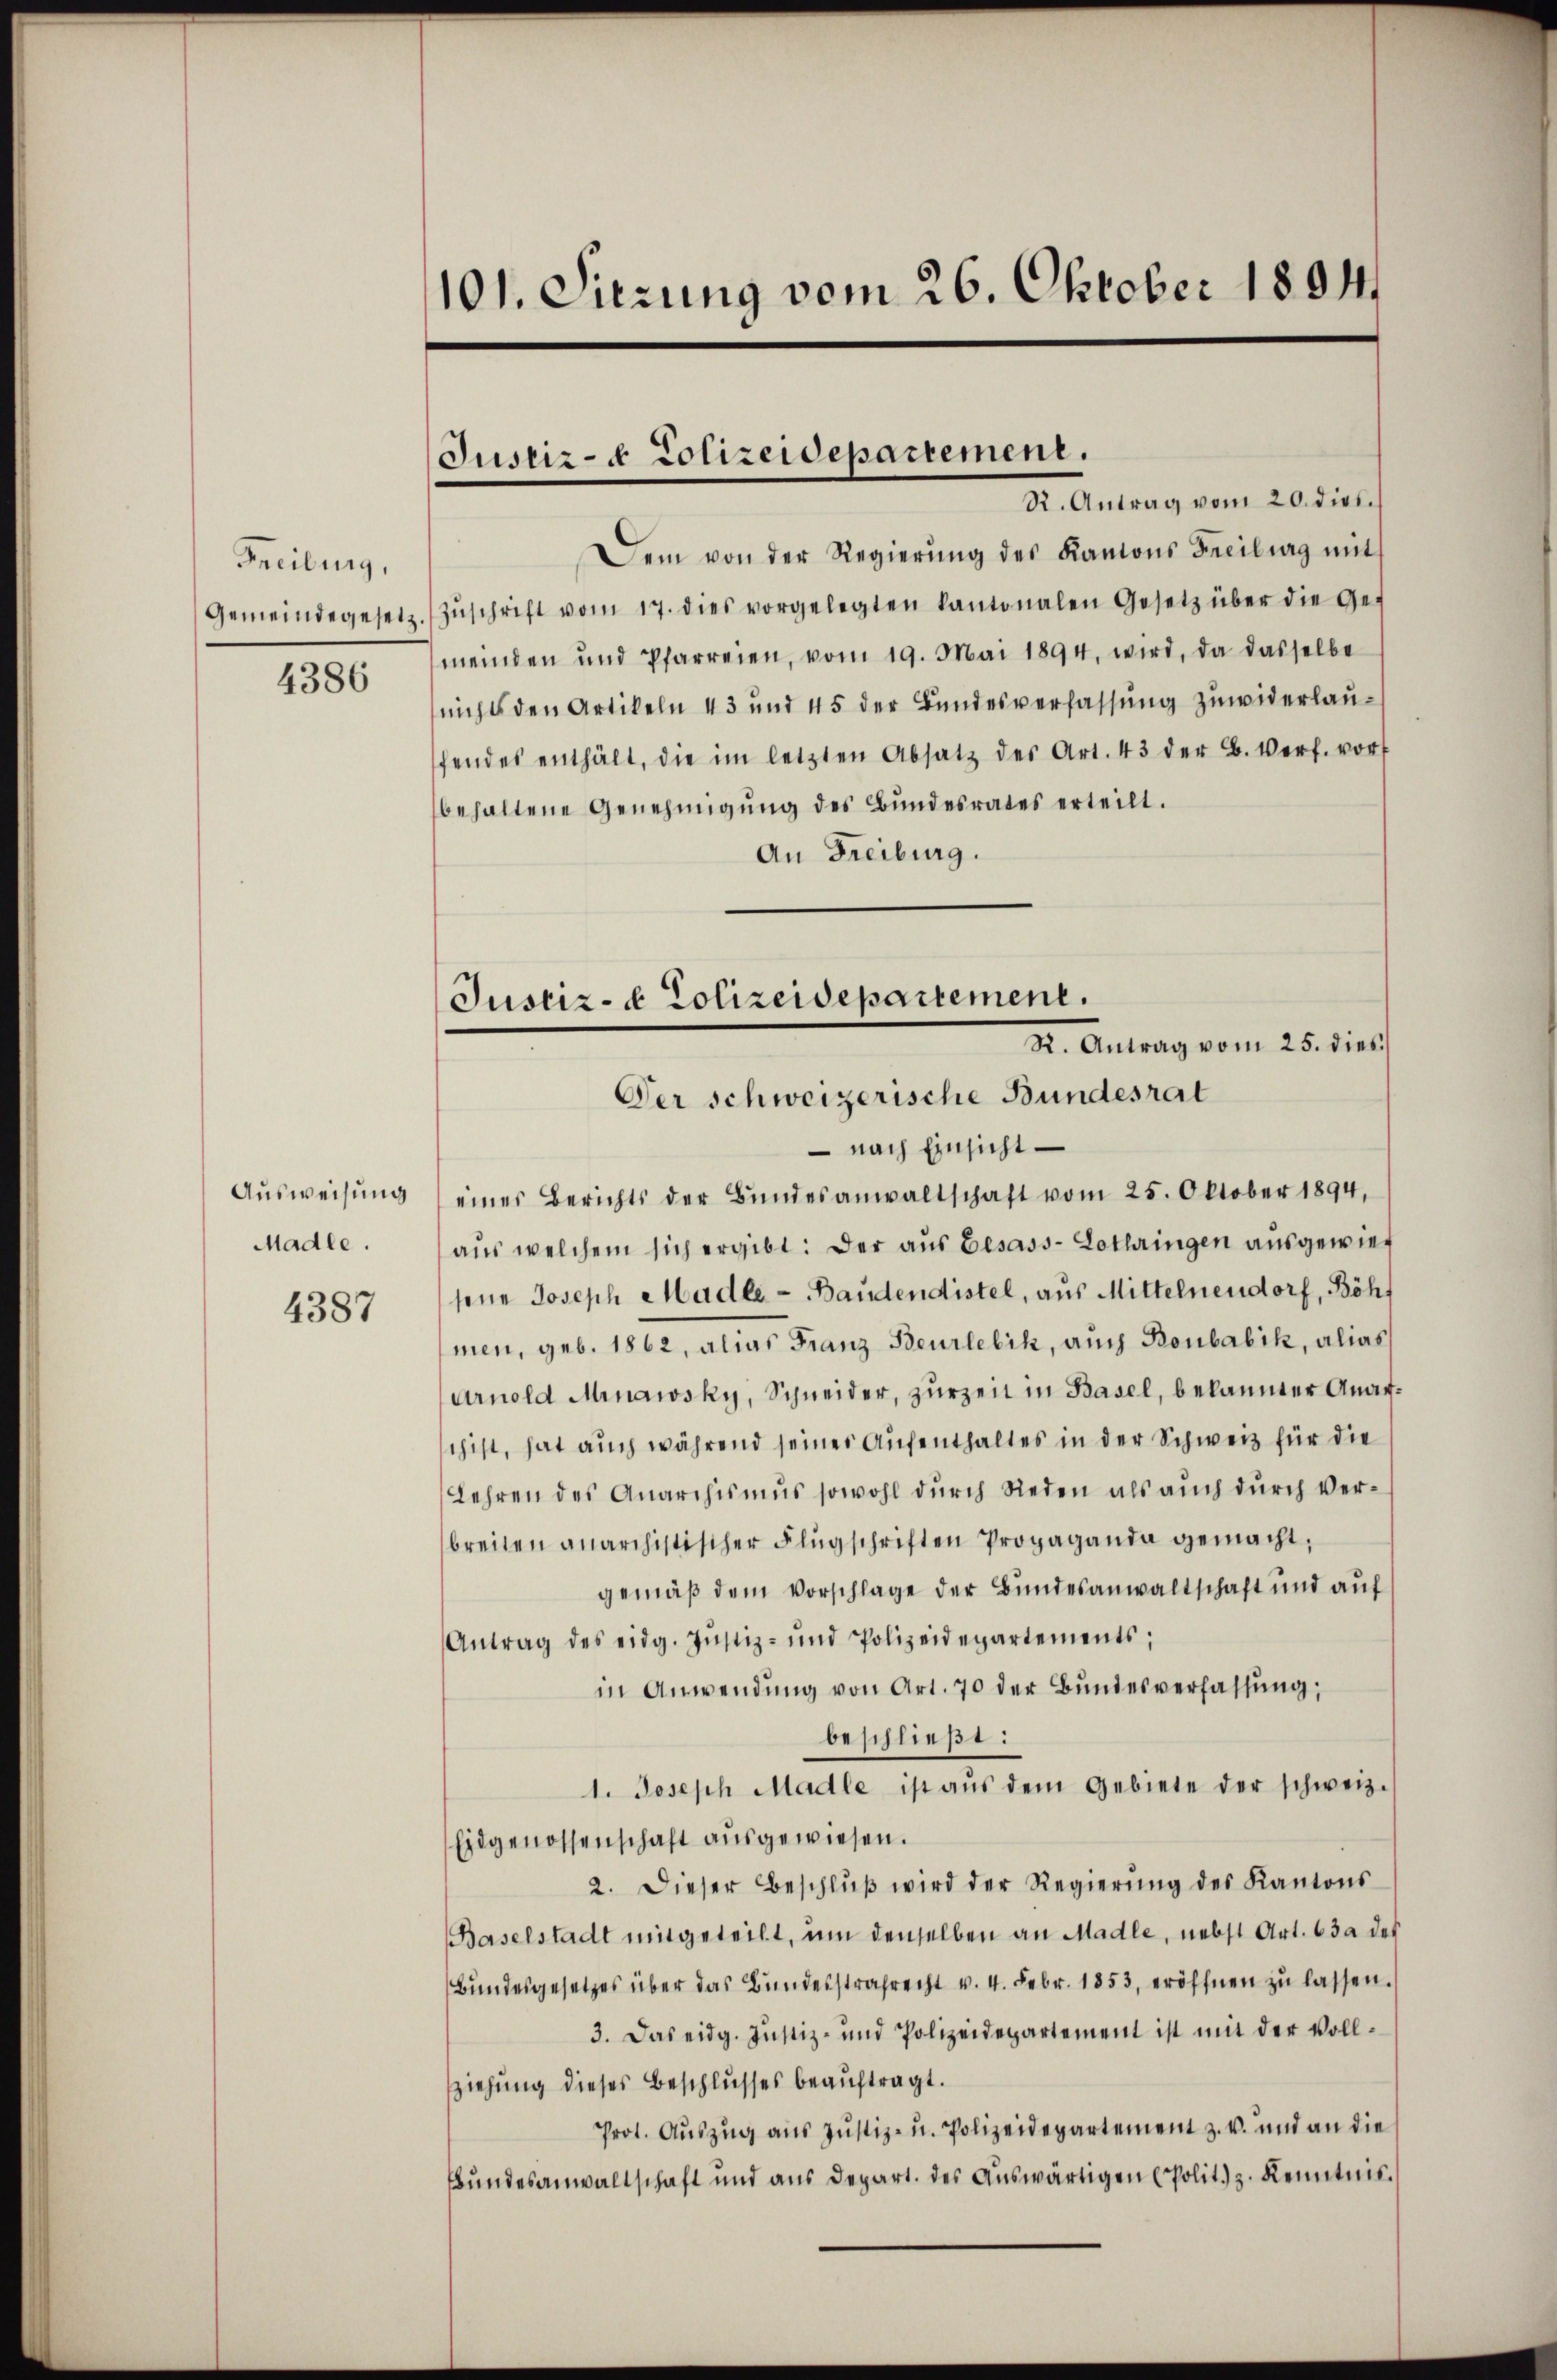
Freiburg,
Gemeindegesetz
4386

Ausweisung
Madle.

4387

101. Sitzung vom 26. Oktober 1894

Justiz- & Polizeidepartement.
R. Antrag vom 20. dies

Justiz- & Polizeidepartement.
St. Antrag vom 25. diess
Der schweizerische Bundesrat

Dem von der Regierŭng des Kantons Freibung mit
Zŭschrift vom 17. dies vorgelegten kantonalen Gesetz über die Ges
meinden und Pfarreien, vom 19. Mai 1894, wird, da dasselbe
nichts den Artikeln 43 und 45 der Bundesverfassung zuwiderlaufendes enthält, die im letzten Absatz des Art. 43 der B. Verf. vorf
behaltene Genehmigŭng des Bŭndesrates erteilt.
An Freiburg.
 nach Einsicht
eines Berichts der Bundesanwaltschaft vom 25. Oktober 1894,
aus welchem sich ergibt: Der aus besass-Lothringen ausgewies
sene Joseph Madle-Bandendistel, aus Mittelnendorf, Böh
men, geb. 1862, alias Franz Beurlebik, auch Boubabik, alias
Arnold Minawsky, Schneider, zurzeit in Basel, bekannter Anarchist, hat auch während seines Aufenthaltes in der Schweiz für die
Lehren des Anarchismus sowohl durch Reden als auch durch Verbreiten anarchistischer Flugschriften Propaganda gemacht;
gemäß dem Vorschlage der Bundesanwaltschaft und auf
Antrag des eidg. Justiz- und Polizeidepartements;
in Anwendung von Art. 70 der Bundesverfassung,
beschließt:
1. Joseph Madle ist aŭs dem Gebiete der schweiz.
Eidgenossenschaft ausgewiesen.
2. Dieser Beschlŭβ wird der Regierŭng des Kantons
Baselstadt mitgeteilt, um denselben an Madle, nebst Art. 63 des
Bŭndesgesetzes über das Bundesstrafrecht v. 4. Febr. 1853, eröffnen zŭ lassen.
3. Das eidg. Justiz- und Polizeidepartement ist mit der Voll¬
Zziehung dieses Beschlusses beaŭftragt.
Prot. Auszug aus Justiz- u. Polizeidepartement z. v. und an die
Bŭndesanwaltschaft und aŭs depart. des Aŭswärtigen (Polit. z. Kenntnis